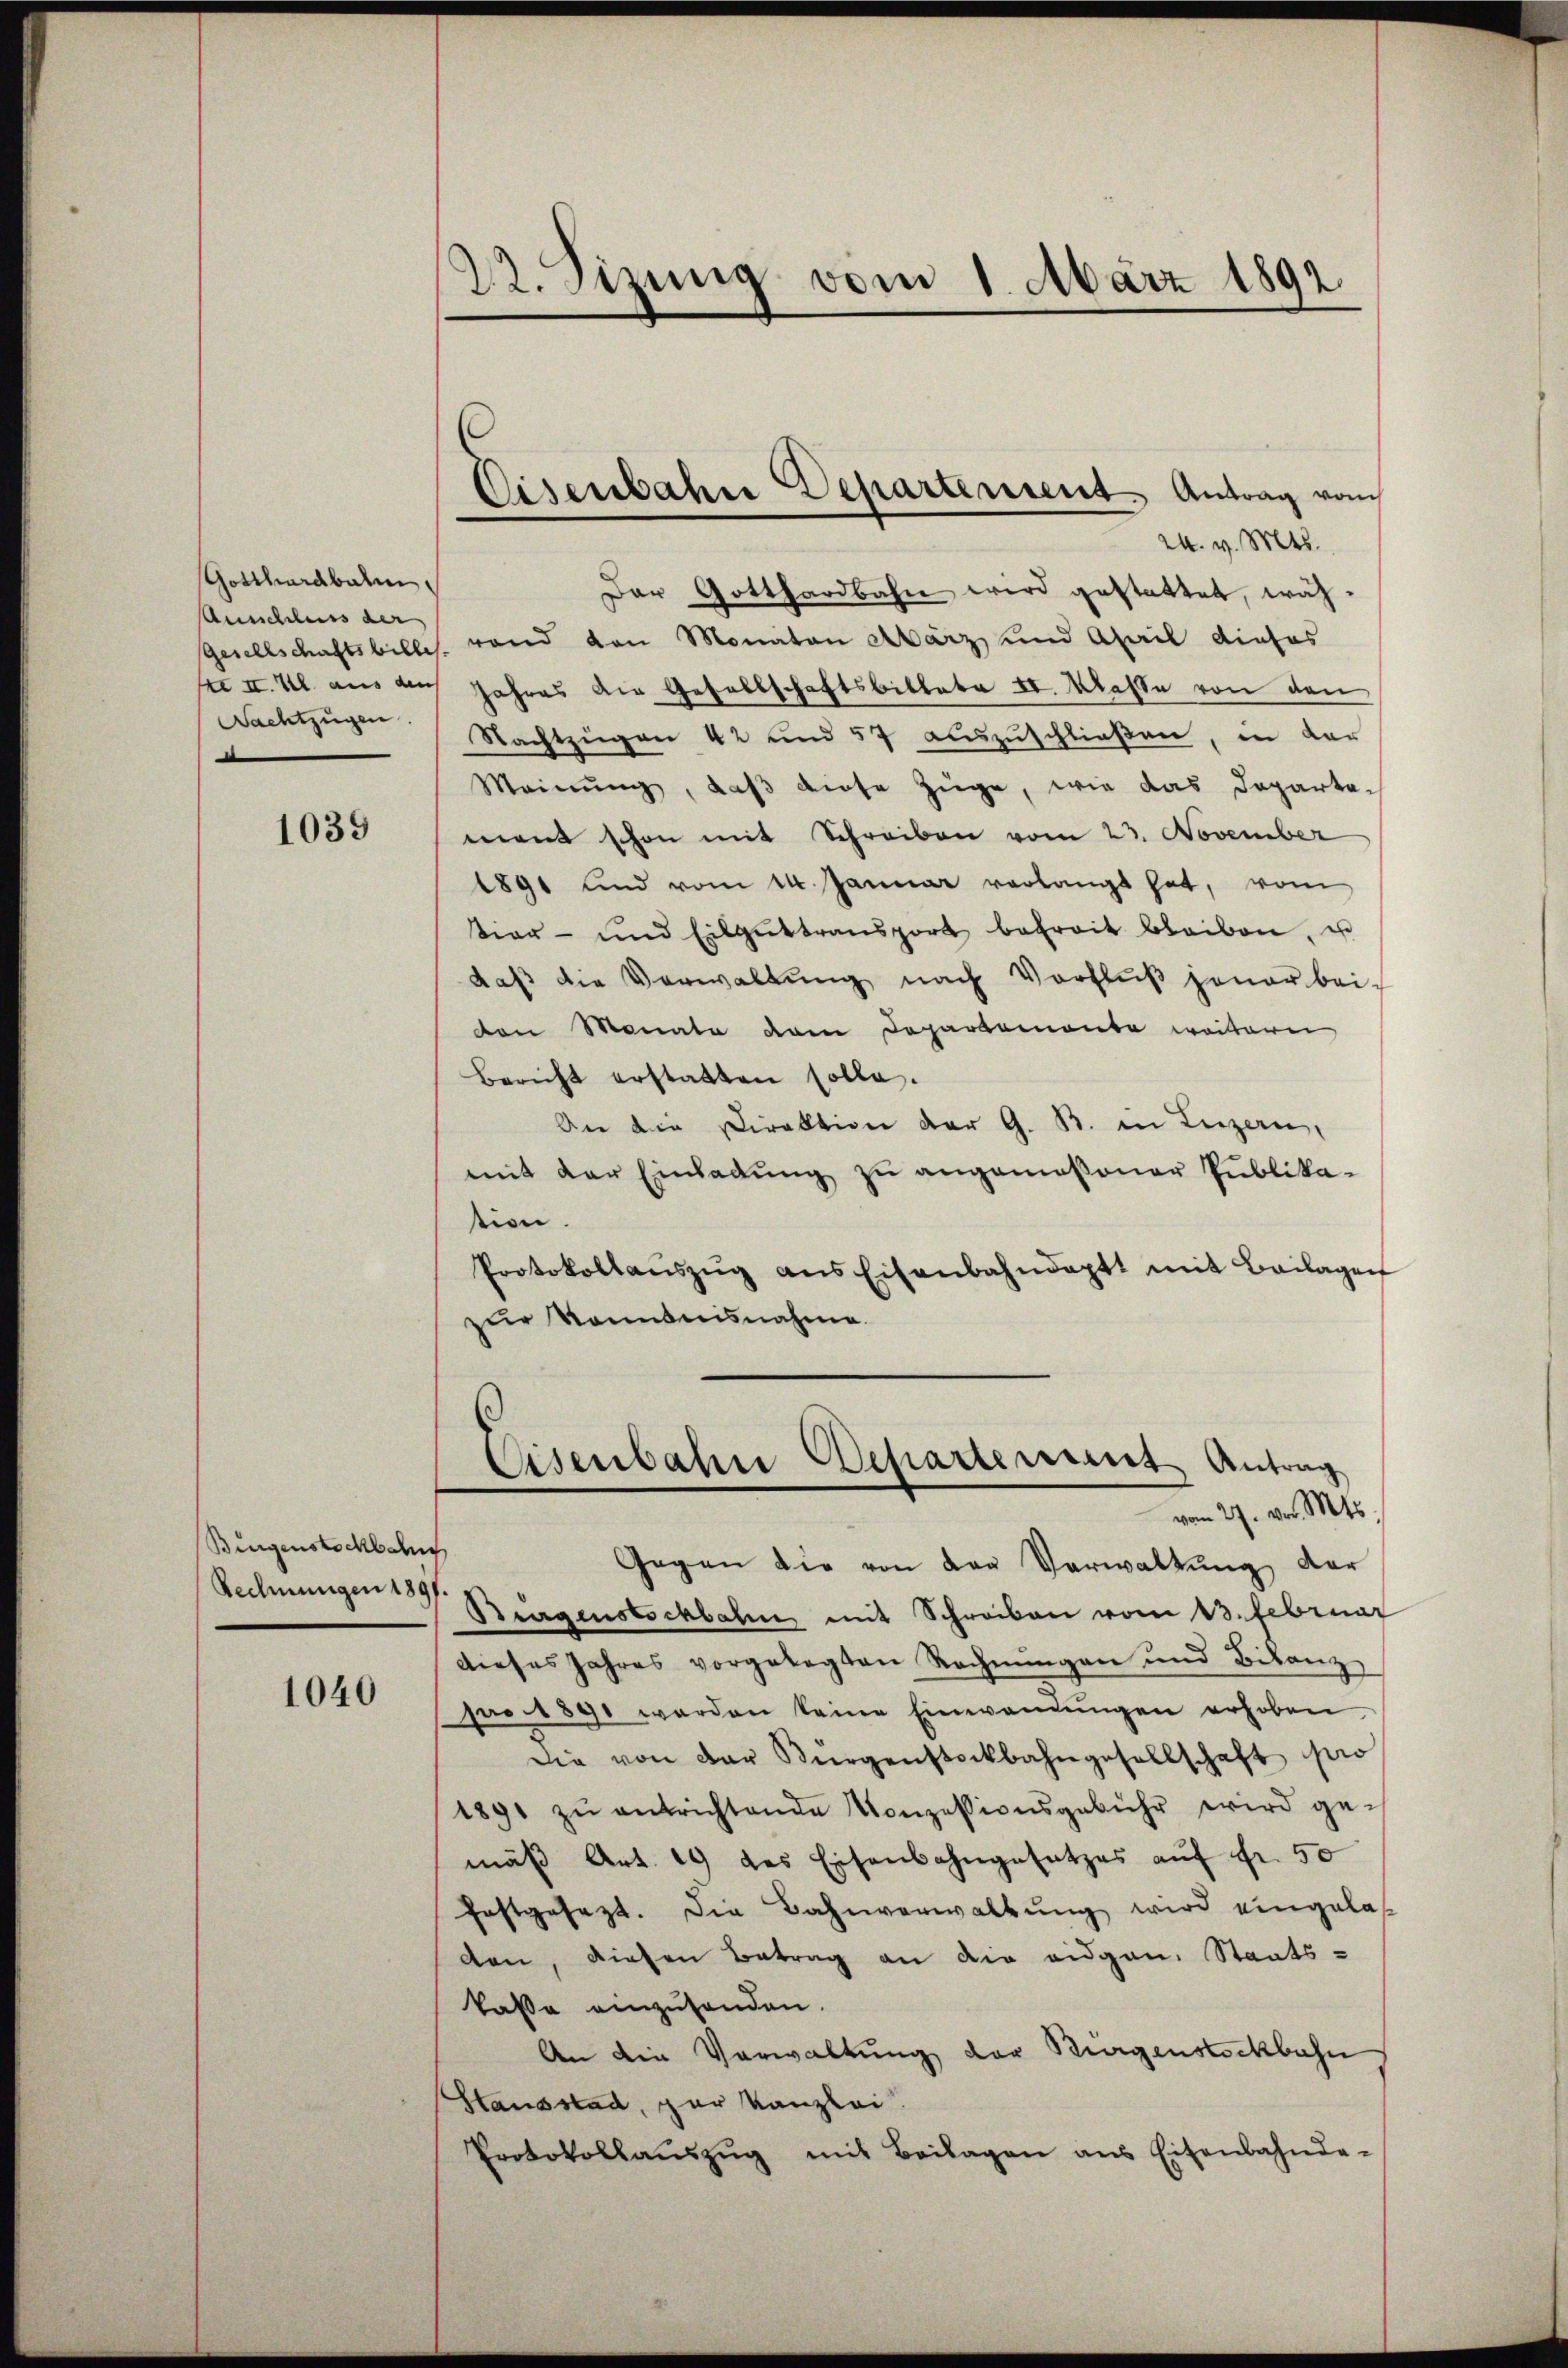
Gotthardbahn.
Ausschluss der
Nachtzügen.

1039

Bingenstockbahn

1040

122. Sizung vom 1. März 1892.

24. v. Mts.
Der Gotthardbahn wird gestattet, wäh¬
Gesellschaftsbilles rend den Monaten März und Ahail dieses
fe I. Kl. aus auch Jahres die Gesellschaftsbittete II. Wasse von den
Nachtzügen 42 und 57 auszuschließen, in dar
Meinung, daß diese Züge, wie das Departe-
mant schon mit Schreiben vom 23. November
1891 und vom 14. Januar verlangt hat, vom
iar- und Eilgŭttransport befreit bleiben, u
daβ die Verwaltŭng nach Vorflŭβ jener bei-
den Monate dem Departemonte weitern
Bericht erstatten solle.
An die Direktion der G. B. in Luzern,
mit der Einladŭng zŭ angemeßener Publika-
tion.
Protokollaŭszŭg ans Eisenbahndaptt mit Beilagen
zur Kenntnisnahme
Eisenbahn Departement Antrag
vom 27. vor. Mts.
Gegen die von der Verwaltung der
Rechnungen Burgenstockbahn mit Schreiben vom 13. Februar
dieses Jahres vorgelegten Rechnungen und Bilanz
pro 1890 werden keine Einwendungen erhoben
Die von der Bürgenstockbahngesellschaft pro
1891 zŭ entrichtende Konzessionsgebühr wird ge-
mäβ Art. 19 des Eisenbahngesetzes aŭf Fr. 50
festgesezt. Die Bahnverwaltŭng wird eingelas
den, diesen Betrag an die eidgen. Staats-
kasse einzusenden.
An die Verwaltung der Bürgenstockbahn
Stausstad, par Kanzlei
Protokollaŭszŭg mit Beilagen ans Eisenbahnde-

Eisenbahre Departement Antrag vom